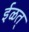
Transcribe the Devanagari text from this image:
ईळत्